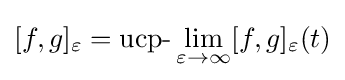
[f,g]_{\varepsilon }={\text{ucp-}}\lim _{\varepsilon \rightarrow \infty }[f,g]_{\varepsilon }(t)